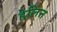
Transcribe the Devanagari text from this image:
हेलिन